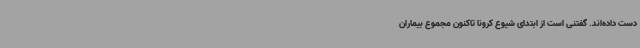
دست داده‌اند. گفتنی است از ابتدای شیوع کرونا تاکنون مجموع بیماران